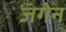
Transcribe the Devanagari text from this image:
जगेन